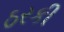
ઠરકી